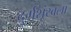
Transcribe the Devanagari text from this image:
दुर्गशृंखला